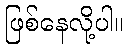
ဖြစ်နေလို့ပါ။